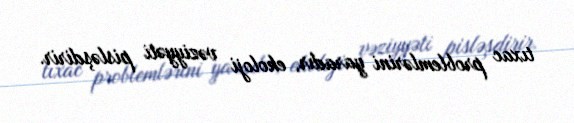
tıxac problemlərini yaradır, ekoloji vəziyyəti pisləşdirir.